Kiideva_(Sinalepa)_vallavalitsus, lk 22
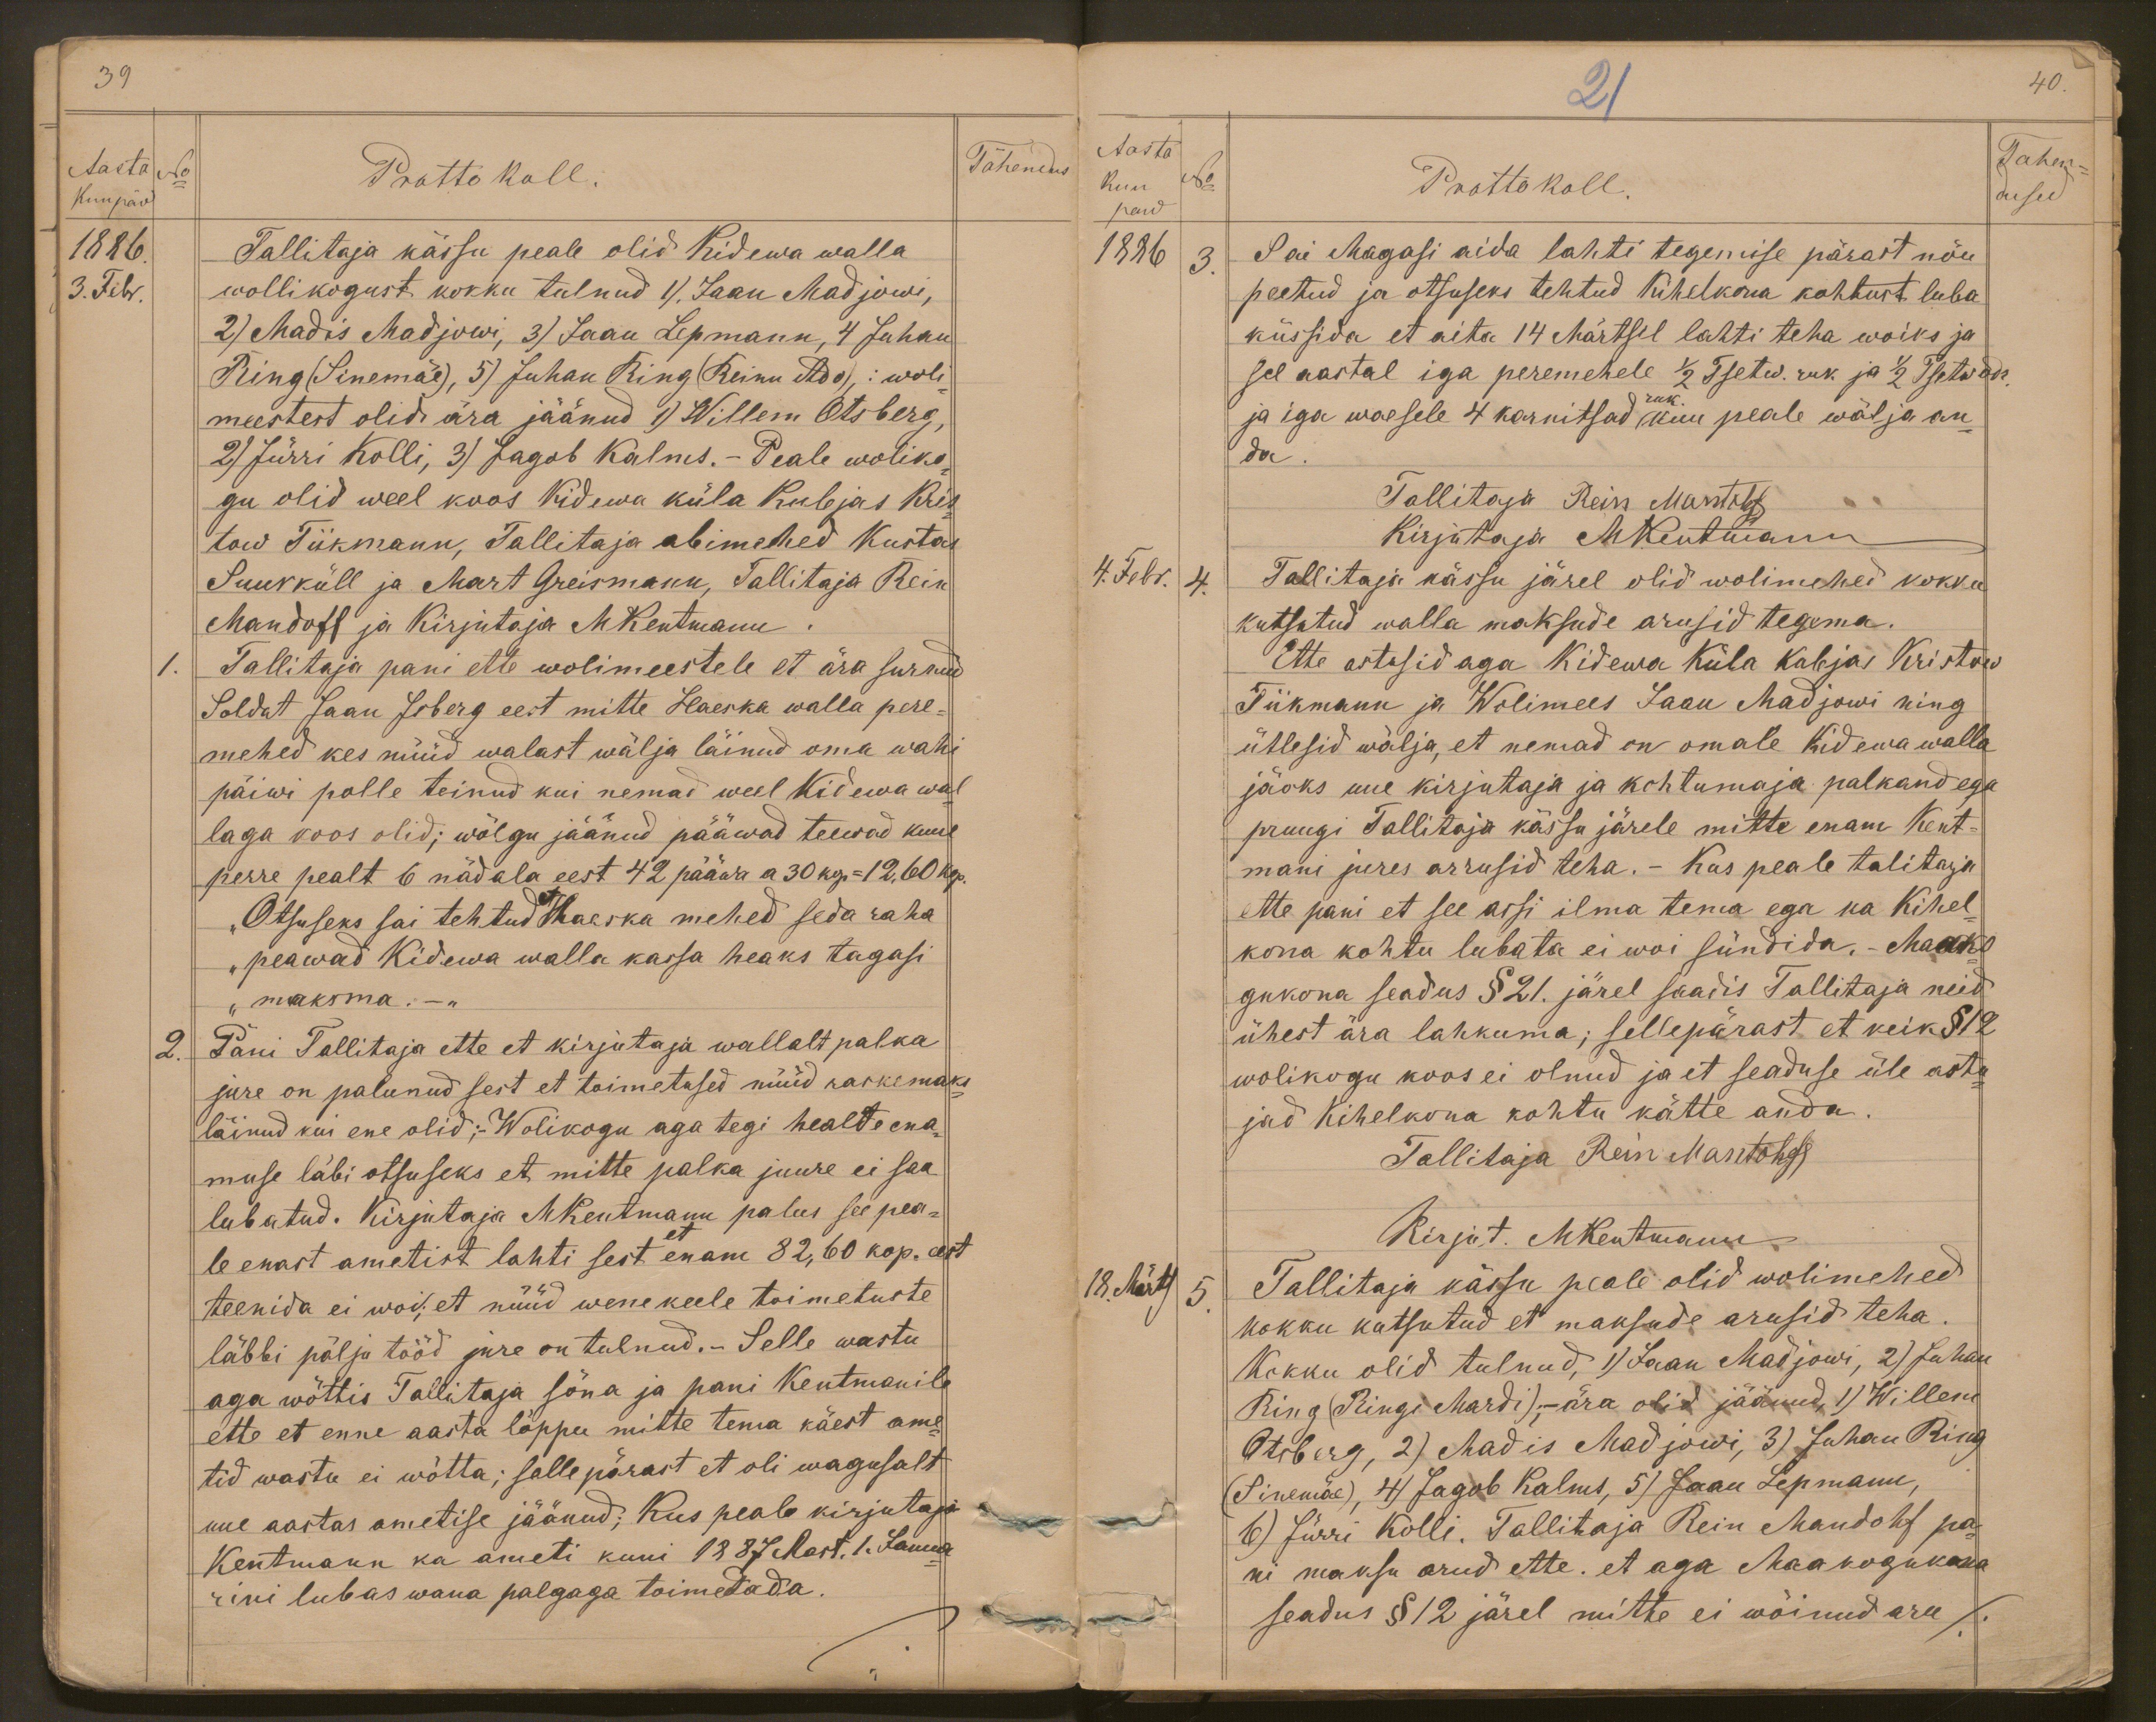
39
Aasta
Tähendus
No
Prottokoll
Kuupäw
1886.
Tallitaja kässu peale olid Kidewa walla
3. Febr
wollikogust kokku tulnud 1) Jaan Madjowi,
2) Madis Madjowi, 3) Jaan Lepmann, 4 Juhan
Ring (Sinemäe), 5) Juhan Ring (Reinu Ado): woli-
meestest olid ära jäänud 1) Willem Otsberg,
2) Jürri Kolli, 3) Jagob Kalms.- Peale woliko-
gu olid weel koos Kidewa küla kubjas Krist-
tow Tiikmann, Tallitaja abimehed Kustas
Suurküll ja Mart Greismann, Tallitaja Rein
Mandoff ja Kirjutaja M Kentmann
1. Tallitaja pani ette wolimeestele et ära surnud
Soldat Jaan Isberg eest mitte Haeska walla pere-
mehed kes nüüd walast wälja läinud oma wahi
päiwi polle teinud kui nemad weel Kidewa wal-
laga koos olid; wõlgu jäänud pääwad teewad kuue
perre pealt 6 nädala eest 42 pääwa a 30 kop = 12,60 kop.
"Otsuseks sai tehtud et Haeska mehed seda raha
"peawad Kidewa walla kassa heaks tagasi
„maksma, -"
2. Pani Tallitaja ette et kirjutaja wallalt palka
jure on palunud sest et toimetused nüüd raskemaks
läinud kui ene olid; Wolikogu aga tegi healte ena-
muse läbi otsuseks et mitte palka juure ei saa
lubatud. Kirjutaja M Kentmann palus see pea-
le enast ametist lahti sest et enam 82,60 kop. eest
teenida ei woi; et nüüd wene keele toimetuste
läbbi pälju tööd jure on tulnud.- Selle wastu
aga wõttis Tallitaja sõna ja pani Kentmanile
ette et enne aasta lõppu mitte tema käest ame-
tid wastu ei wõtta; selle pärast et oli wagusalt
uue aastas ametise jäänud; Kus peale kirjutaja
Kentmann ka ameti kuni 1887 Mart. 1. Janua-
rini lubas wana palgaga toimetada.

21
40.
Aasta
Tahen
kuu
No
Prottokoll
paew
dused
1886 3.
Sai Magasi aida lahti tegemise pärast nõu
peetud ja otsuseks tehtud Kihelkona kohtust luba
küssida et aita 14 Märtsil lahti teha woiks ja
sel aastal iga peremehele 1/2 Tsetw. ruk ja 1/2 Tsetw odr.
ja iga waesele 4 karnitsad ruk kuu peale wälja an-
da
Tallitaja Rein Mantohf
Kirjutaja M Kentmann
4. Febr.  4.
Tallitaja kässu järel olid wolimehed kokku
kutsutud walla maksude arusid tegema.
Ette astusid aga Kidewa Küla kubjas Kristow
Tiikmann ja Wolimees Jaan Madjowi ning
ütlesid wälja, et nemad on omale Kidewa walla
jäoks uue kirjutaja ja kohtumaja palkand ega
pruugi Tallitaja kässu järele mitte enam Kent-
mani jures arrusid teha. Kus peale talitaja
ette pani et see assi ilma tema ega ka Kihel-
kona kohtu lubata ei woi sündida. Maako-
gukona seadus §21. järel saadis Tallitaja neid
ühest ära lahkuma; sellepärast et keik §12
wolikogu koos ei olnud ja et seaduse üle astu-
jad Kihelkona kohtu kätte anda
Tallitaja Rein Mantohf
Kirjut. MKentmann
18. Märts
5
Tallitaja kässu peale olid wolimehed
kokku kutsutud et maksude arusid teha.
Kokku olid tulnud, 1) Jaan Madjowi, 2) Juhan
Ring (Ringi Mardi); - ära olid jäänud, 1) Willem
Otsberg, 2) Madis Madjowi, 3) Juhan Ring
(Sinemäe), 4) Jagob Kalms, 5) Jaan Lepmann,
6) Jürri Kolli. Tallitaja Rein Mandohf pa-
ni maksu arud ette. et aga Maakogukona
seadus § 12 järel mitte ei wõinud aru